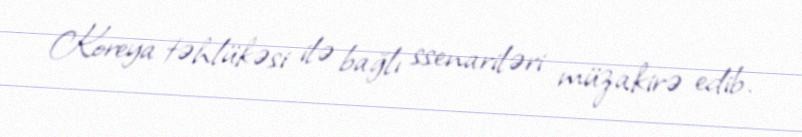
Koreya təhlükəsi ilə bağlı ssenariləri müzakirə edib.